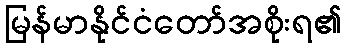
မြန်မာနိုင်ငံတော်အစိုးရ၏